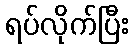
ရပ်လိုက်ပြီး